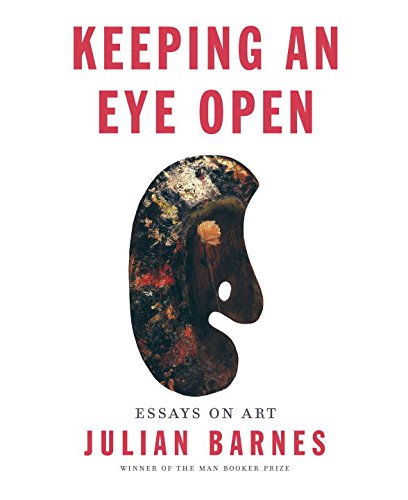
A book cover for Keeping an Eye Open: Essays on Art; Julian Barnes; Arts & Photography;